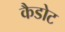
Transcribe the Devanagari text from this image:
कैडोट